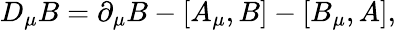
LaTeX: D_{\mu}B=\partial_{\mu}B-\left[A_{\mu},B\right]-\left[B_{\mu},A\right],